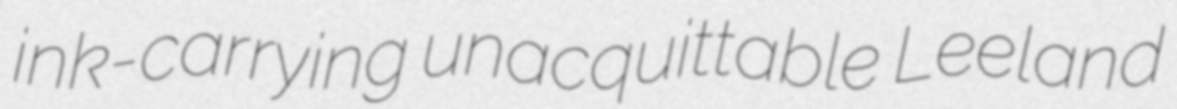
ink-carrying unacquittable Leeland